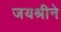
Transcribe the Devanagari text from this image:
जयश्रीने